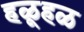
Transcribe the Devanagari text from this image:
हळूहळ